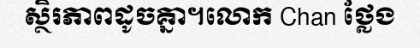
ស្ថិរភាពដូចគ្នា។លោក Chan ថ្លែង